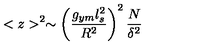
< z > ^ { 2 } \sim \left( { \frac { g _ { y m } l _ { s } ^ { 2 } } { R ^ { 2 } } } \right) ^ { 2 } { \frac { N } { \delta ^ { 2 } } }